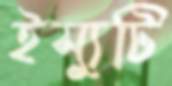
ইস্যুটি